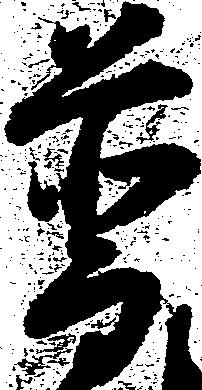
普